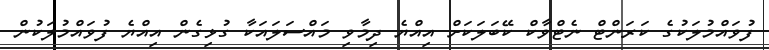
ފުވައްމުލަކުގެ ކަރަންޓް ނެޓްވާކް ކޭބަލަކަށް އިއްޔެ ދިމާވި މައްސަލައަކާ ގުޅިގެން އިއްޔެ ފުވައްމުލަކުން